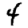
Digit: 4